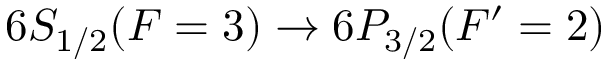
6 S _ { 1 / 2 } ( F = 3 ) \rightarrow 6 P _ { 3 / 2 } ( F ^ { \prime } = 2 )